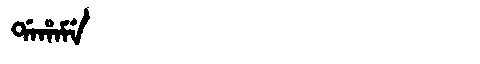
Manchu: ᡩᠠᡥᠠᠮᡝ
Romanization: DAHAME